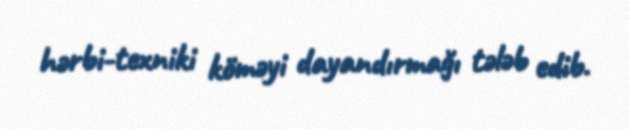
hərbi-texniki köməyi dayandırmağı tələb edib.